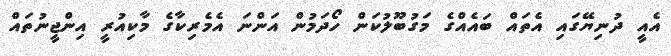
އެއީ ދުނިޔޭގައި އެތައް ބައެއްގެ މަގުބޫލުކަން ހޯދަމުން އަންނަ އެމެރިކާގެ މާކިއުރީ އިންޖީނުތައް